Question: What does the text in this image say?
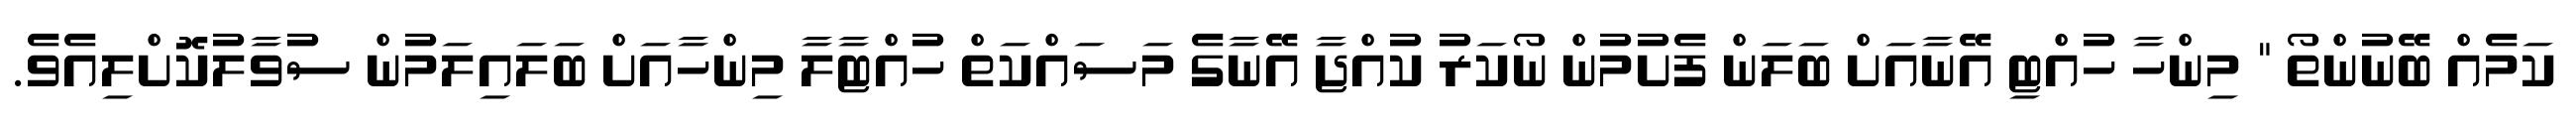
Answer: ކަމެއް ބޭނުންތޯ " މިންހާ ހުއްޓި އޭނާއަށް ބަލަން ފެށުމުން ނޯކަރު ކުއްޖާ އޭނާގެ މަސައްކަތް ހުއްޓާލާ މިންހާއަށް ބަލައިލަމުން ސުވާލުކޮށްލިއެވެ.